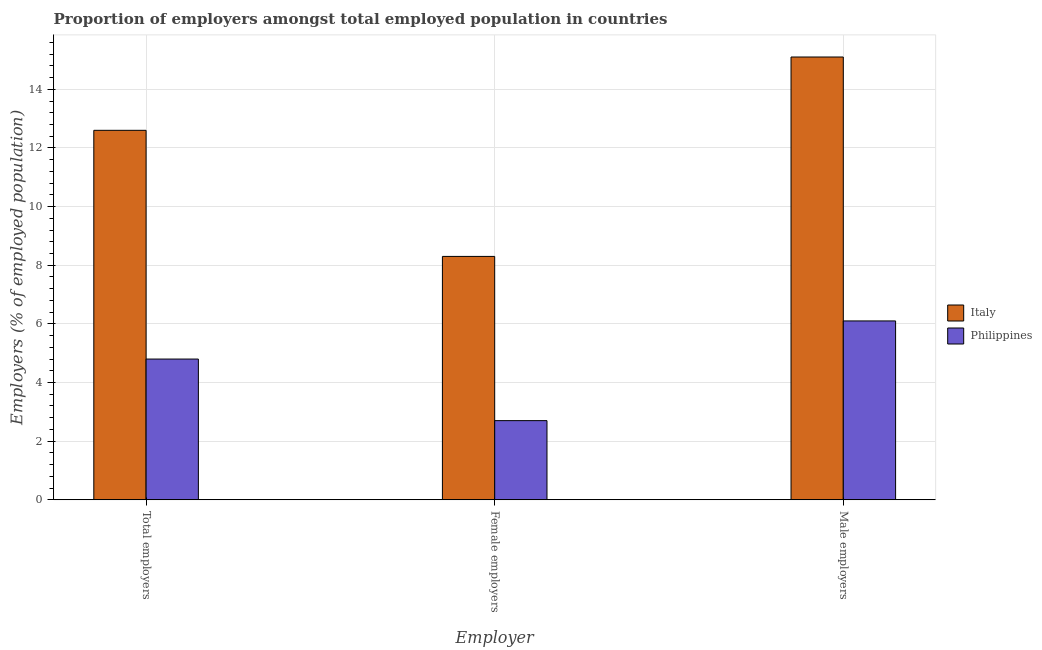
| Employer | Italy | Philippines |
 | --- | --- | --- |
 | Total employers | 12.6 | 4.8 |
 | Female employers | 8.3 | 2.7 |
 | Male employers | 15.1 | 6.1 |